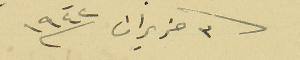
٣ حزيران سنة ١٩٤٢